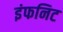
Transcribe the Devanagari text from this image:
इंफनिट